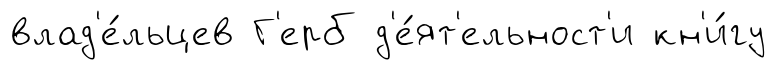
влад'е́льцев Г'ерб д'е́ят'ельност'и кн'и́гу